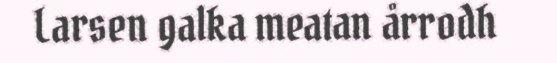
Larsen galka meatan årrodh